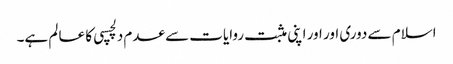
اسلام سے دوری اور اور اپنی مثبت روایات سے عدم دلچسپی کا عا لم ہے۔